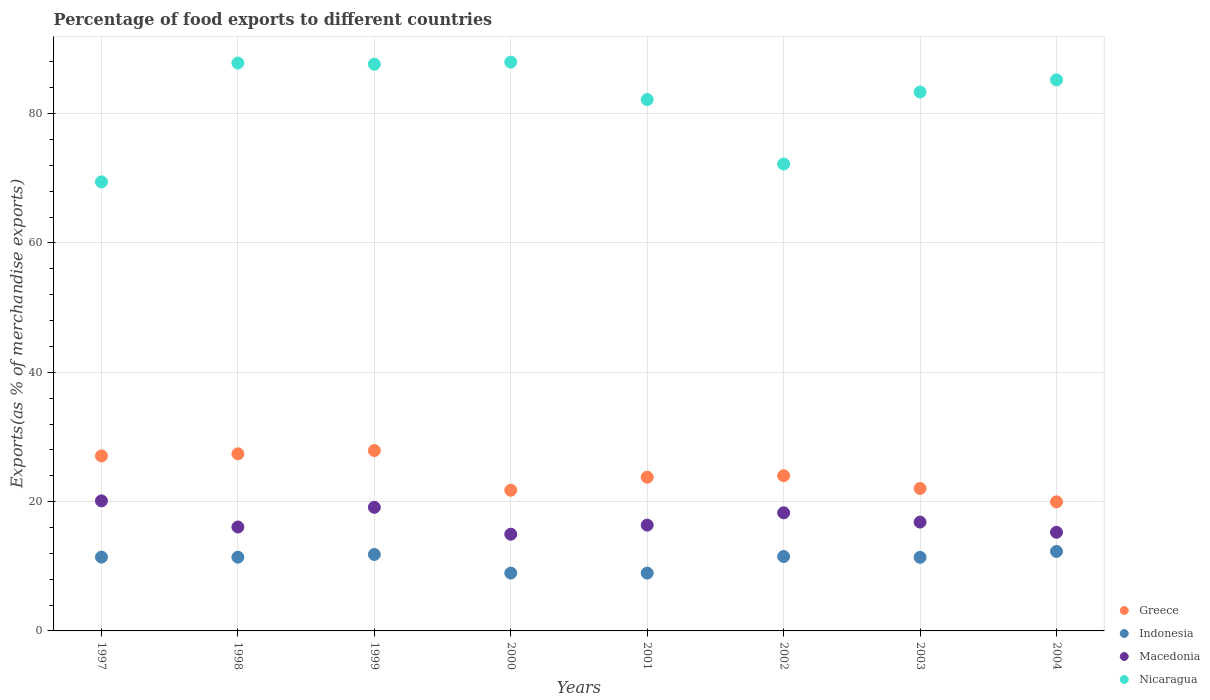
| Years | Greece | Indonesia | Macedonia | Nicaragua |
 | --- | --- | --- | --- | --- |
 | 1997 | 27.1 | 11.4 | 20.1 | 69.5 |
 | 1998 | 27.4 | 11.4 | 16.1 | 87.8 |
 | 1999 | 27.9 | 11.8 | 19.1 | 87.7 |
 | 2000 | 21.8 | 8.95 | 15 | 88 |
 | 2001 | 23.8 | 8.95 | 16.4 | 82.2 |
 | 2002 | 24 | 11.5 | 18.3 | 72.2 |
 | 2003 | 22 | 11.4 | 16.8 | 83.3 |
 | 2004 | 20 | 12.3 | 15.3 | 85.2 |